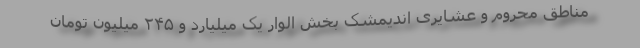
مناطق محروم و عشایری اندیمشک بخش الوار یک میلیارد و ۲۴۵ میلیون تومان